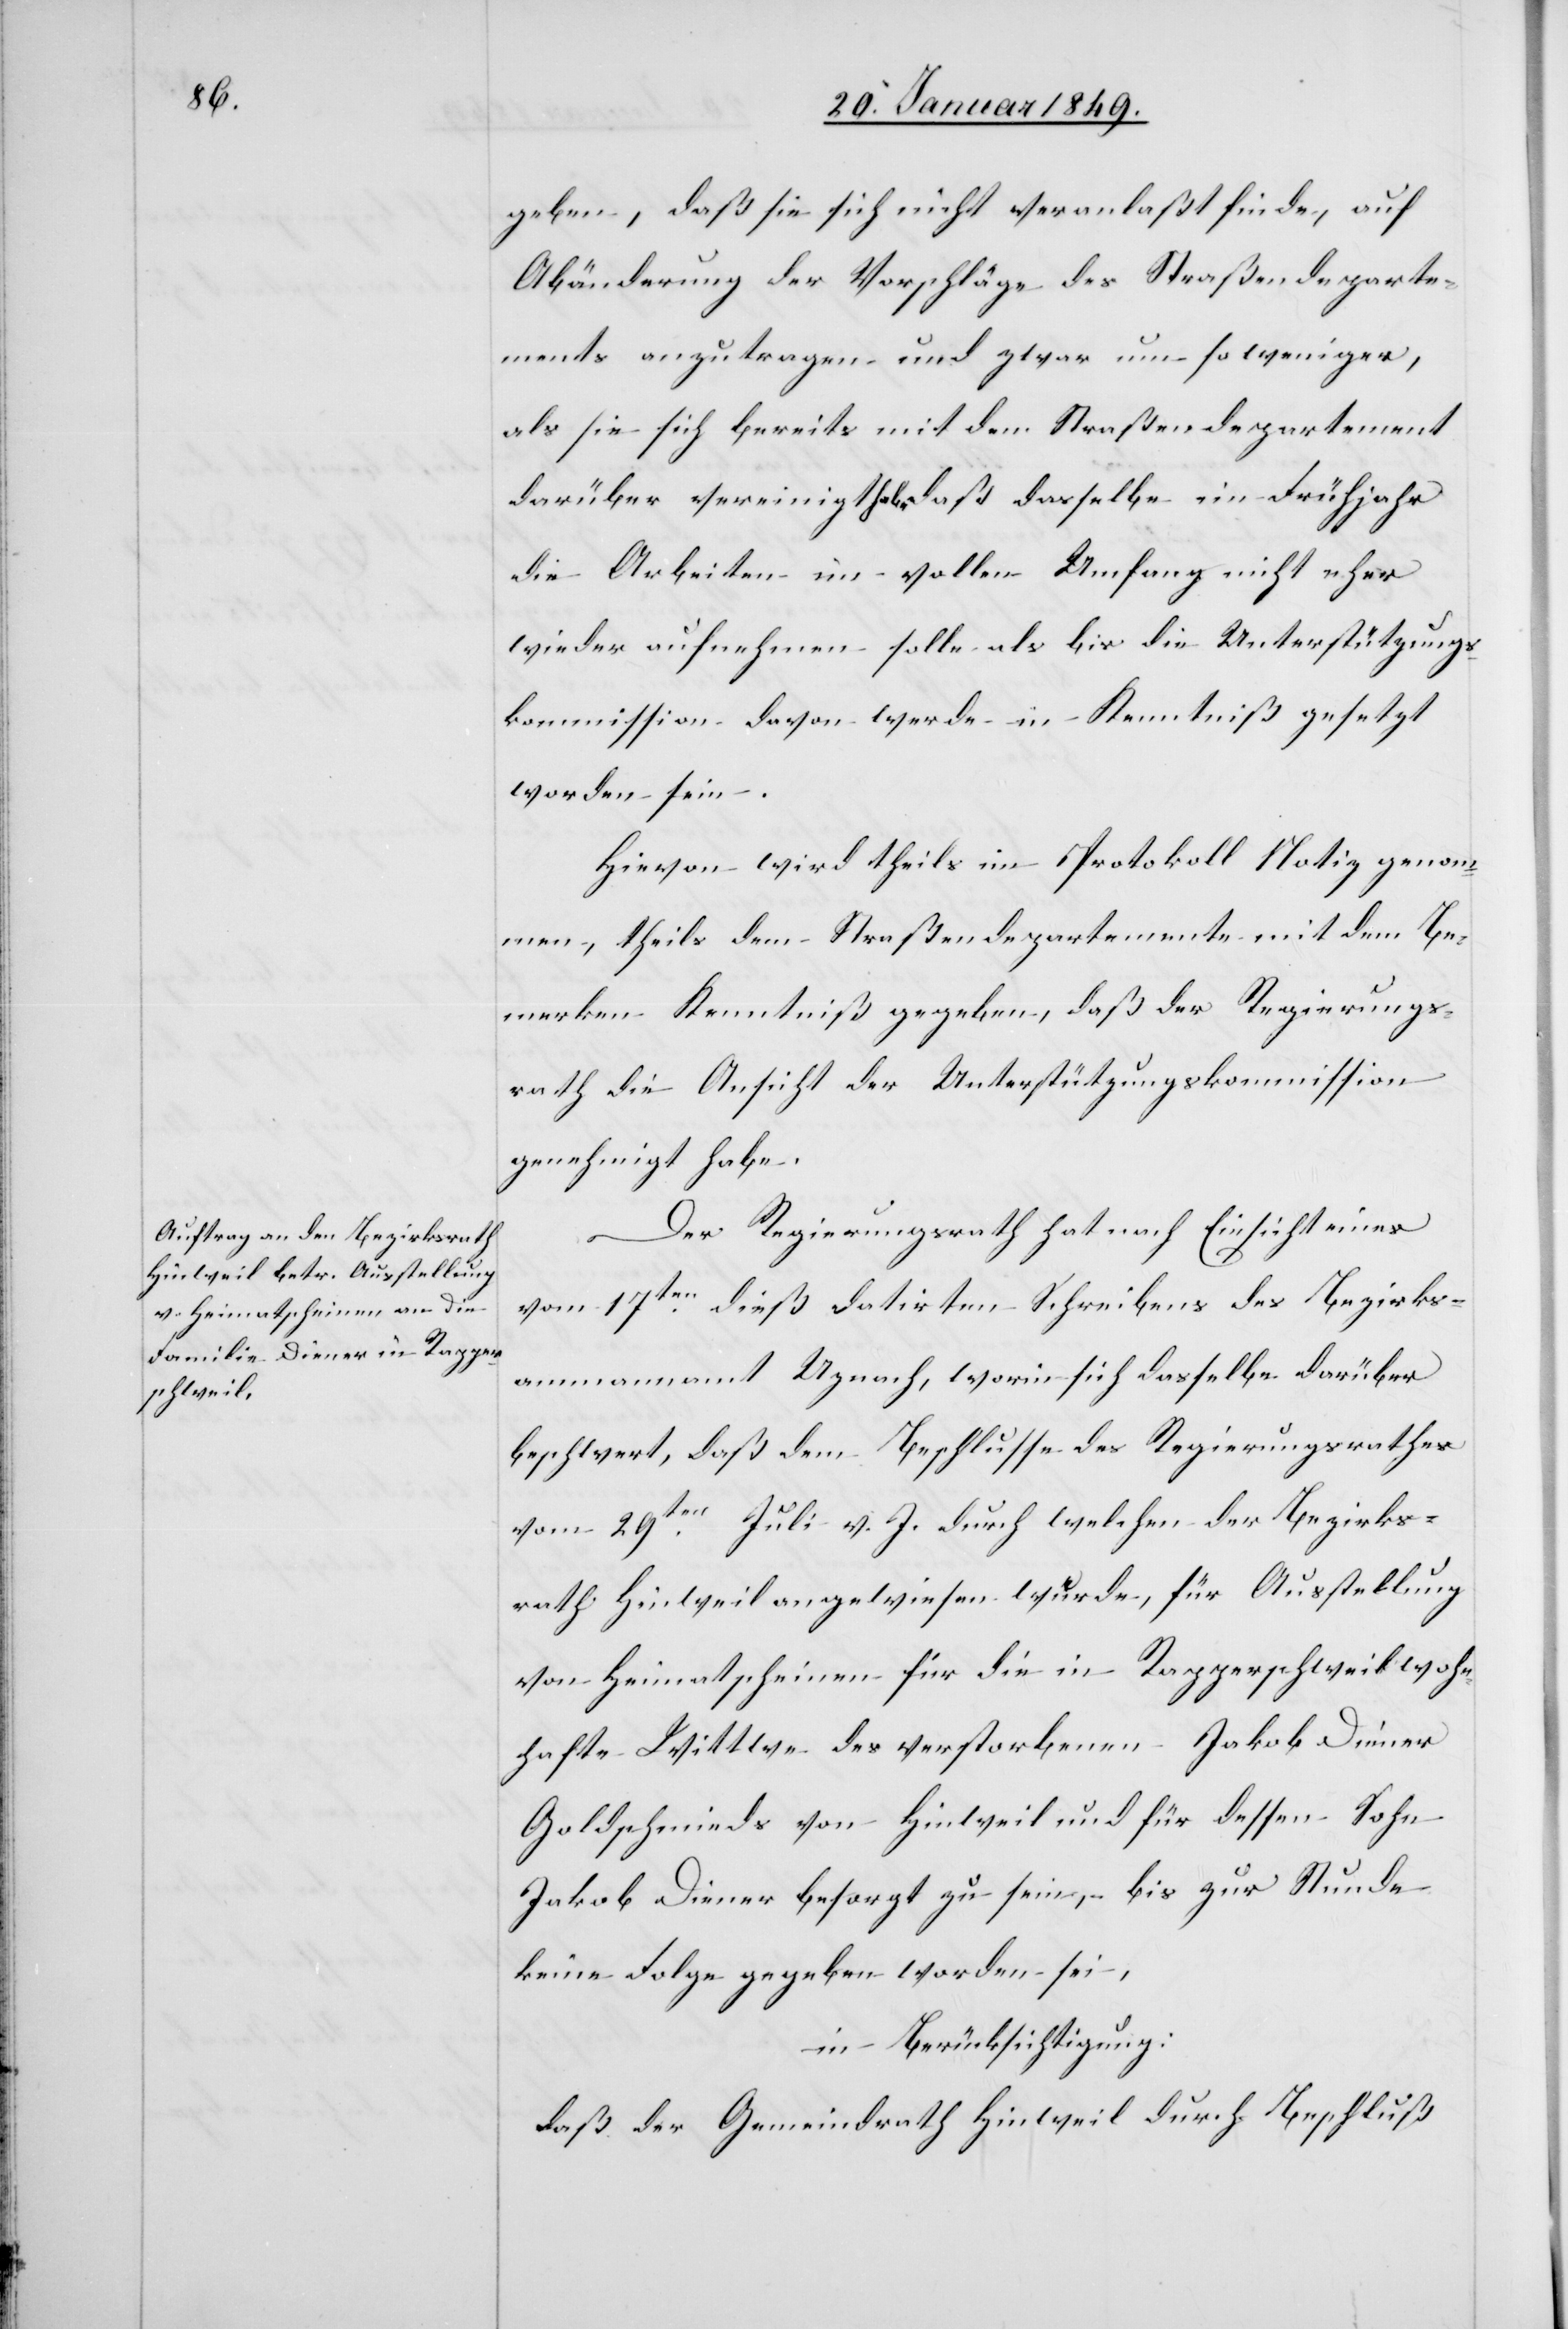
geben, daß sie sich nicht veranlaßt finde, auf
Abänderung der Vorschläge des Straßendeparte¬
ments anzutragen, und zwar um so weniger,
als sie sich bereits mit dem Straßendepartement
darüber vereinigt habe daß dasselbe im Frühjahr
die Arbeiten im vollen Umfang nicht eher
wieder aufnehmen solle, als bis die Unterstützungs¬
kommission davon werde in Kenntniß gesetzt
worden sein.
Hievon wird theils im Protokoll Notiz genom¬
men, theils dem Straßendepartemente mit dem Be¬
merken Kenntniß gegeben, daß der Regierungs¬
rath die Ansicht der Unterstützungskommission
genehmigt habe.
Der Regierungsrath hat nach Einsicht eines
vom 17ten. dieß datirten Schreibens des Bezirks¬
ammannamt Uznach, worin sich dasselbe darüber
beschwert, daß dem Beschlusse des Regierungsrathes
vom 29ten. Juli v. J. durch welchen der Bezirks¬
rath Hinweil angewiesen wurde, für Ausstellung
von Heimatscheinen für die in Rapperschweil wohn¬
hafte Wittwe des verstorbenen Jakob Diener
Goldschmieds von Hinweil und für dessen Sohn
Jakob Diener besorgt zu sein, – bis zur Stunde
keine Folge gegeben worden sei,
in Berücksichtigung:
daß der Gemeindrath Hinweil durch Beschluß